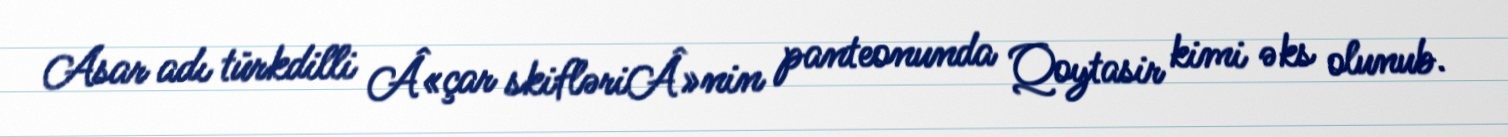
Asar adı türkdilli Â«çar skifləriÂ»nin panteonunda Qoytasir kimi əks olunub.